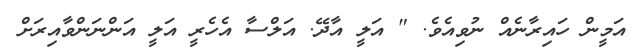
އަމީން ހައިރާނެއް ނުވިއެވެ. " އަލީ އާދޭ. އަލްސާ އެހެރީ އަލީ އަންނަންވާއިރަށް